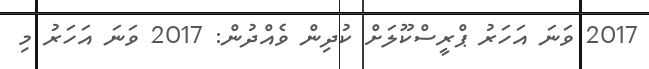
2017 ވަނަ އަހަރު ޕްރީސްކޫލަށް ކުދިން ވެއްދުން: 2017 ވަނަ އަހަރު މި